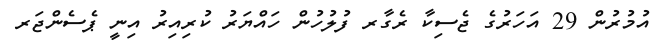
އުމުރުން 29 އަހަރުގެ ޖެސިކާ ރެގާރ ފުލުހުން ހައްޔަރު ކުރިއިރު އިނީ ޕެސެންޖަރ